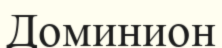
Доминион